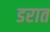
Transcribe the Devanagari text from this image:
डरात